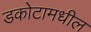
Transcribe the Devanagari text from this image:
डकोटामधील